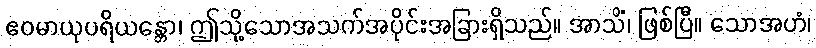
ဧဝမာယုပရိယန္တော၊ ဤသို့သောအသက်အပိုင်းအခြားရှိသည်။ အာသိံ၊ ဖြစ်ပြီ။ သောအဟံ၊